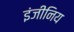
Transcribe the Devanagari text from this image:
इंजीनिय